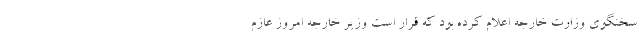
سخنگوی وزارت خارجه اعلام کرده بود که قرار است وزیر خارجه امروز عازم